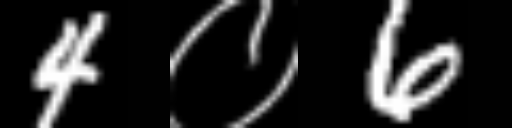
Text: 4०6